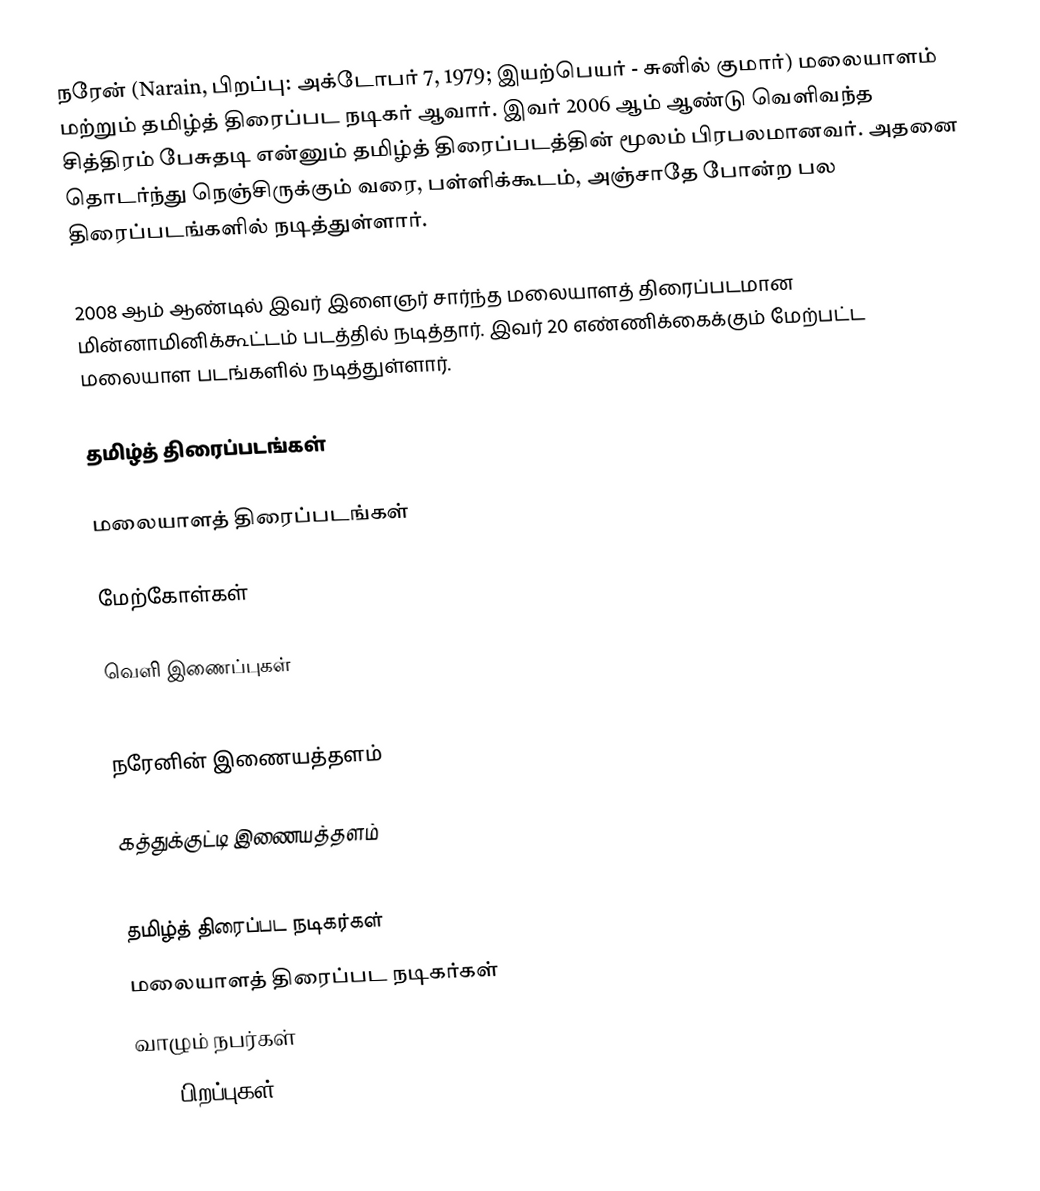
நரேன் (Narain, பிறப்பு: அக்டோபர் 7, 1979; இயற்பெயர் - சுனில் குமார்) மலையாளம் மற்றும் தமிழ்த் திரைப்பட நடிகர் ஆவார். இவர் 2006 ஆம் ஆண்டு வெளிவந்த சித்திரம் பேசுதடி என்னும் தமிழ்த் திரைப்படத்தின் மூலம் பிரபலமானவர். அதனை தொடர்ந்து நெஞ்சிருக்கும் வரை, பள்ளிக்கூடம், அஞ்சாதே போன்ற பல திரைப்படங்களில் நடித்துள்ளார்.

2008 ஆம் ஆண்டில் இவர்  இளைஞர் சார்ந்த மலையாளத் திரைப்படமான மின்னாமினிக்கூட்டம் படத்தில் நடித்தார். இவர் 20 எண்ணிக்கைக்கும் மேற்பட்ட மலையாள படங்களில் நடித்துள்ளார்.

தமிழ்த் திரைப்படங்கள்

மலையாளத் திரைப்படங்கள்

மேற்கோள்கள்

வெளி இணைப்புகள்

 நரேனின் இணையத்தளம்

 கத்துக்குட்டி இணையத்தளம்

தமிழ்த் திரைப்பட நடிகர்கள்
மலையாளத் திரைப்பட நடிகர்கள்
வாழும் நபர்கள்
1979 பிறப்புகள்